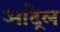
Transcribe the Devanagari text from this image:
आंद्रेल